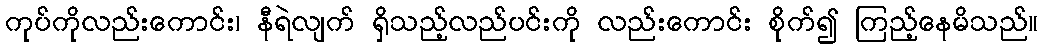
ကုပ်ကိုလည်းကောင်း၊ နီရဲလျက် ရှိသည့်လည်ပင်းကို လည်းကောင်း စိုက်၍ ကြည့်နေမိသည်။